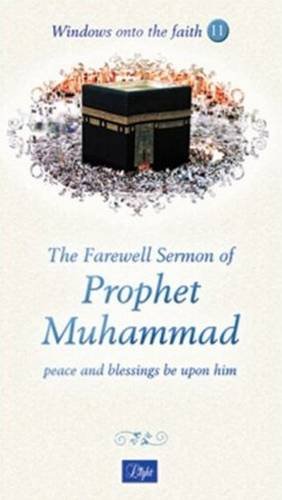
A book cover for The Farewell Sermon of Prophet Muhammad (Windows onto the Faith series); Religion & Spirituality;